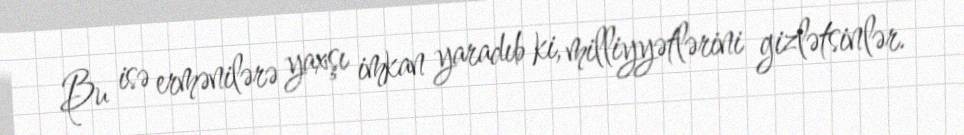
Bu isə ermənilərə yaxşı imkan yaradıb ki, milliyyətlərini gizlətsinlər.